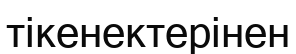
тікенектерінен